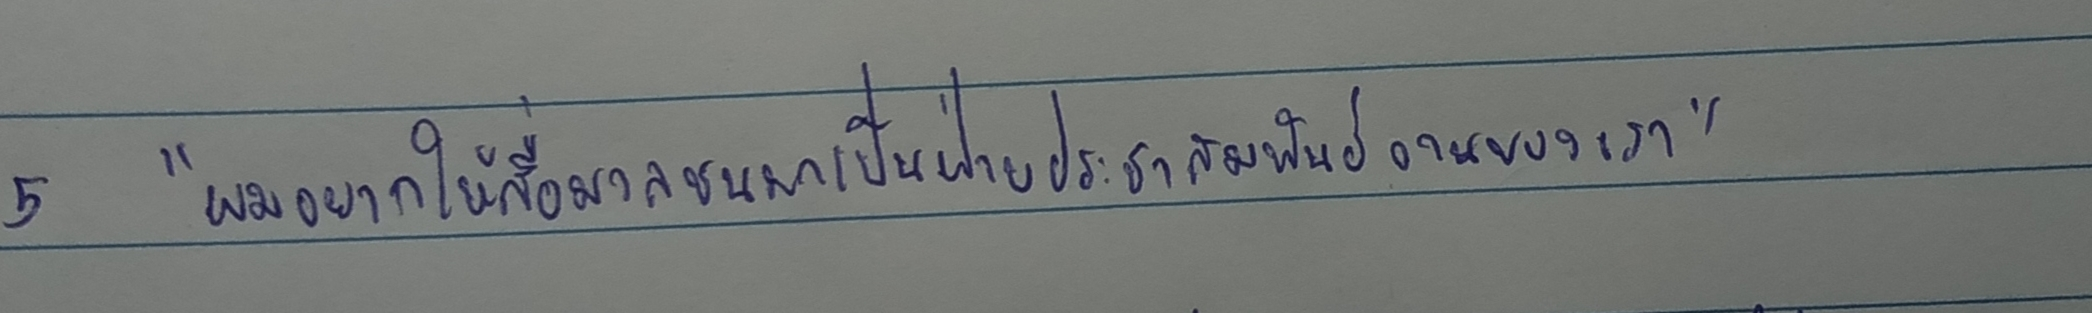
"ผมอยากให้สื่อมวลชนมาเป็นฝ่ายประชาสัมพันธ์งานของเรา"